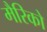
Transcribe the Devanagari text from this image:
मैरिको